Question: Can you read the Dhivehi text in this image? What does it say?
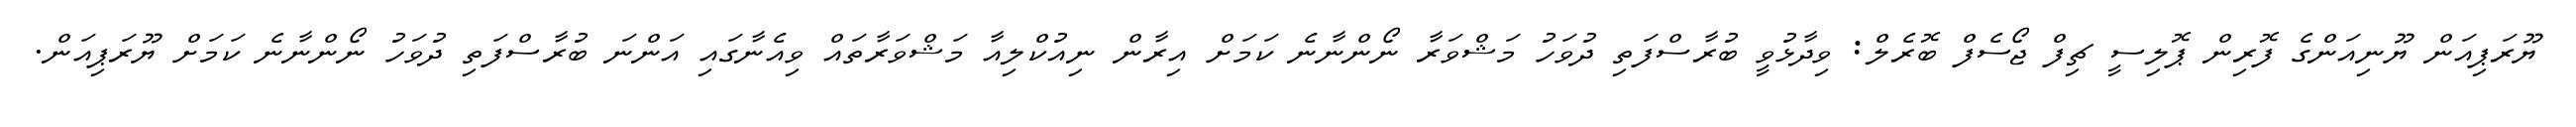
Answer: ޔޫރަޕިއަން ޔޫނިއަންގެ ފޮރިން ޕޮލިސީ ޗިފް ޖޯސެފް ބޮރެލް: ވިދާޅުވީ ބުރާސްފަތި ދުވަހު މަޝްވަރާ ނޯންނާނެ ކަމަށް އިރާން ނިއުކްލިއާ މަޝްވަރާތައް ވިއެނާގައި އަންނަ ބުރާސްފަތި ދުވަހު ނޯންނާނެ ކަމަށް ޔޫރަޕިއަން.